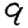
Digit: 9